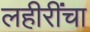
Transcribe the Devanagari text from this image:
लहीरींचा